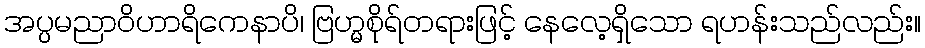
အပ္ပမညာဝိဟာရိကေနာပိ၊ ဗြဟ္မစိုရ်တရားဖြင့် နေလေ့ရှိသော ရဟန်းသည်လည်း။